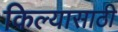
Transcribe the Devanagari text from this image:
किल्यासाठी